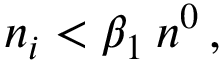
n _ { i } < \beta _ { 1 } \: n ^ { 0 } \, ,